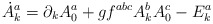
\begin{align*}\dot A_k^a=\partial _kA_0^a+gf^{abc}A_k^bA_0^c-E_k^a\end{align*}